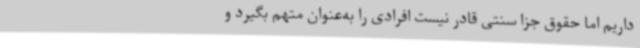
داریم اما حقوق جزا سنتی قادر نیست افرادی را به‌عنوان متهم بگیرد و